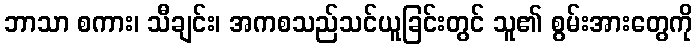
ဘာသာ စကား၊ သီချင်း၊ အကစသည်သင်ယူခြင်းတွင် သူ၏ စွမ်းအားတွေကို